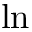
\ln